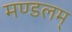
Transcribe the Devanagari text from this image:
मण्डलम्